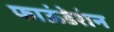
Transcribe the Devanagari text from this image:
फाऊंडेशंन